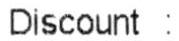
DISCOUNT :